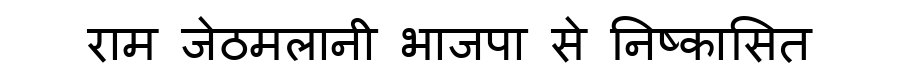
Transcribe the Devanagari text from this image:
राम जेठमलानी भाजपा से निष्कासित